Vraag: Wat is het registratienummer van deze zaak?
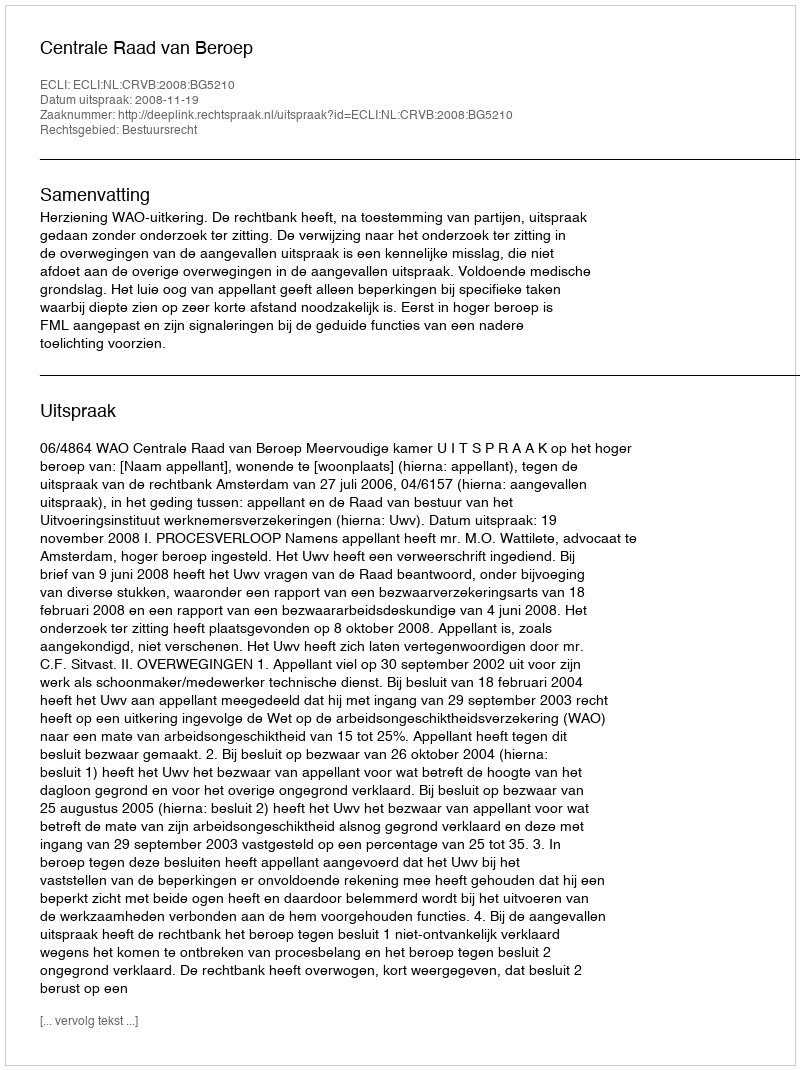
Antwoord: http://deeplink.rechtspraak.nl/uitspraak?id=ECLI:NL:CRVB:2008:BG5210